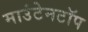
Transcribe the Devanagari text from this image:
माउंटेनटॉप